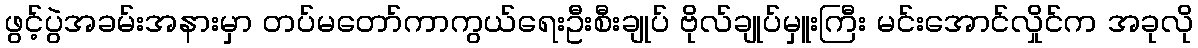
ဖွင့်ပွဲအခမ်းအနားမှာ တပ်မတော်ကာကွယ်ရေးဦးစီးချုပ် ဗိုလ်ချုပ်မှူးကြီး မင်းအောင်လှိုင်က အခုလို